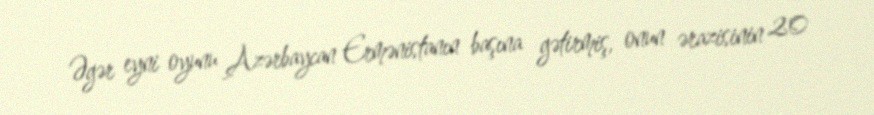
Əgər eyni oyunu Azərbaycan Ermənistanın başına gətirmiş, onun ərazisinin 20